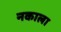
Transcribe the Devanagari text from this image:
नकाला